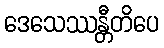
ဒေသေဿန္တီတိပေ